Annual report on the working of the mental hospitals in the Madras Presidency - 1912-1932
Year: 1912
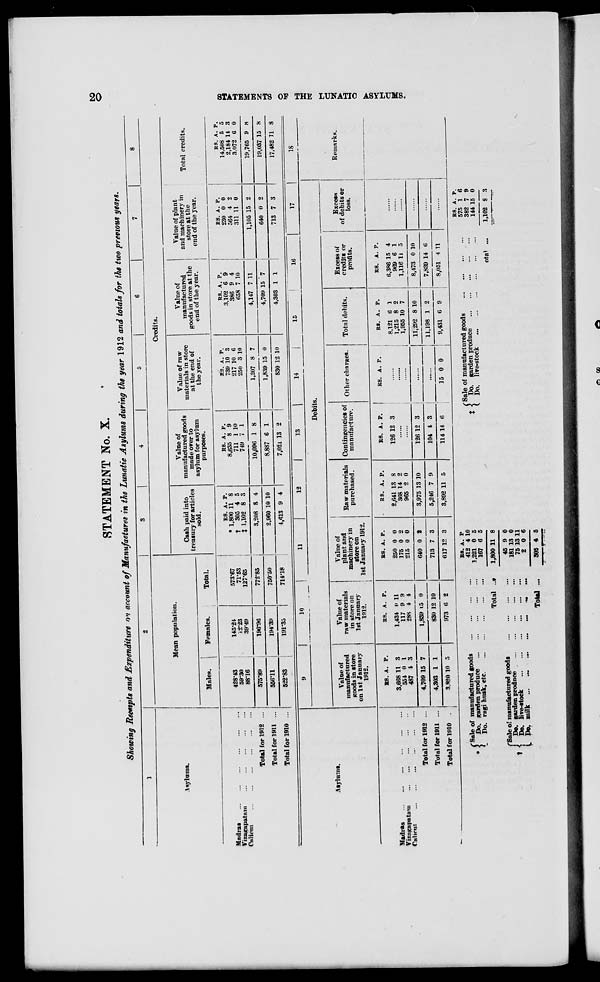
STATEMENT No. X.
Showing Receipts and Expenditure o>i account of Manufactures in the Lunatic Asylums during the year 1912 and totals for the two previous years.
1
|
|
6
7
8
Mean popnlation.
Credits.
Asylums.
Gash paid into
treasury for articles
sold.
Value of
manufactured goods
made over to
asylum for asylum
purposes.
Value of raw
materials in store
at the end of
the year.
Value of
manufactured
goods in store at the
end of the year.
Value of plant
^JSSSS*
Total credits,
end of the year.
Males.
i
Females.
Total.
1
Madras
Vizagapatain
Cn"iem
428-43
59\30
88*16
145-24
J2-23
39-451
1
573-67
71-53
127-65
RS. A. P.
* 1,800 11 8
t 305 4 5
J 1,102 8 3
ES. A. P.
8.635 8 9
711 1 10
749 7 1
RS. A. P.
739 10 3
217 10 6
250 3 10
RS. A. P.
3,102 6 9
386 9 4
658 7 10
RS. A. P.
230 0 0
5e4 4 2
311 11 0
R8. A. P.
14.508 5 5
2,184 14 3
3,<»72 6 0
Total for 1912 ...
575-89
196-90
772-85
3,208 8 4
10,090 1 8
1,207 8 7
4,147 7 11
1,105 15 2
19,765 9 8
Total for 1911 ...
556*11
194*39
75050
2,960 10 10
8,887 6 1
1,839 15 0
4,709 15 ' 7
640 0 2
19,037 15 S
Total for 1910 ...
522-83
191-35
714-18
4,613 9 4
7,02i 13 2
830 12 10
4,303 1 1
713 7 3
17,482 11 8
to
o
w
w
z
H
OQ
O
H
w
w
f
I
K
GQ
Asylums.
10
11
12
13
14
16
17
Debits.
Value of
manufactured
poods in store
on 1st Januarv
1912.
Value of
raw materials
in store on
1st January
1912.
Value of
plant and
machinery in
store on
1st January 1912.
Raw materials
purchased.
Contingencies of
manufacture.
Other charges.
Total debits.
Excess of
credits or
profits.
Excess
of debits or
loss.
Madias
Vizagapatam
Calicut
Total for 1912
Total for 1911
Total for 1910
KS. A. P.
3,668 11 3
55* 0 I
487 4 3
4,709 15 7
4,303 1 1
3.820 10 S
RS. A. P.
1.434 0 11
117 9 9
288 4 4
1,839 (5 0
ES. A. P.
250 0 0
175 0 2
215 0 0
640 0 8
830 12 10
973 6 2
713 7 3
617 12 3
RS. A. P.
2,641 13 8
368 14 2
965 2 0
3,975 13 10
5,246 7 9
3,892 11 5
RS. A. P.
126 12 3
RS. A. P.
RS. A. P.
8,121 6 1
1,215 8 2
1,955 10 7
126 12 3
104 4 3
11,292 8 10
114 14 6
15 0 0
11,198 1 2
9,431 6 9
RS. A. P.
6,386 15 4
969 6 1
1,116 ll 5
8,473 0 10
7,839 14 6
8,051 4 11
18
Remarks.
(Sale of manufactured goods
* X Do. garden produce
L Do. ragi husk, etc.
f Sale o! manufactured goods
t ! Do. garden produce
1 l Do. live-stock
L Do. milk
R8. A. P
412 4 10
1,221 0 5
167 6 5
(Sale of manufactured goods
t < Do. garden produce
C Do. lire-stock
Total ..»
Total ...
1,800 11 8
45 9 0
181 13 0
75 13 11
2 0 6
805 4 5
ota> ...
RS. A. P.
575 1 6
382 7 9
144 15 0
1,102 8 3